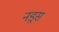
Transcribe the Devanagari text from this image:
नड़्स